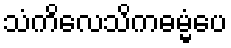
သံကိလေသိကဓမ္မံပေ